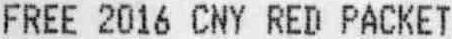
FREE 2016 CNY RED PACKET